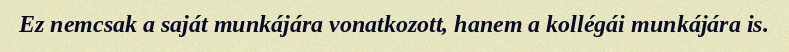
Ez nemcsak a saját munkájára vonatkozott, hanem a kollégái munkájára is.